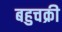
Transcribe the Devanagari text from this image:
बहुचक्री